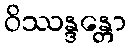
ဝိဿန္ဒန္တော